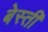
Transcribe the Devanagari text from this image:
बेस्ती